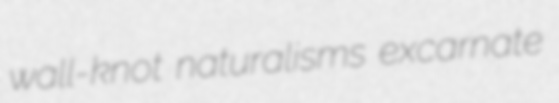
wall-knot naturalisms excarnate